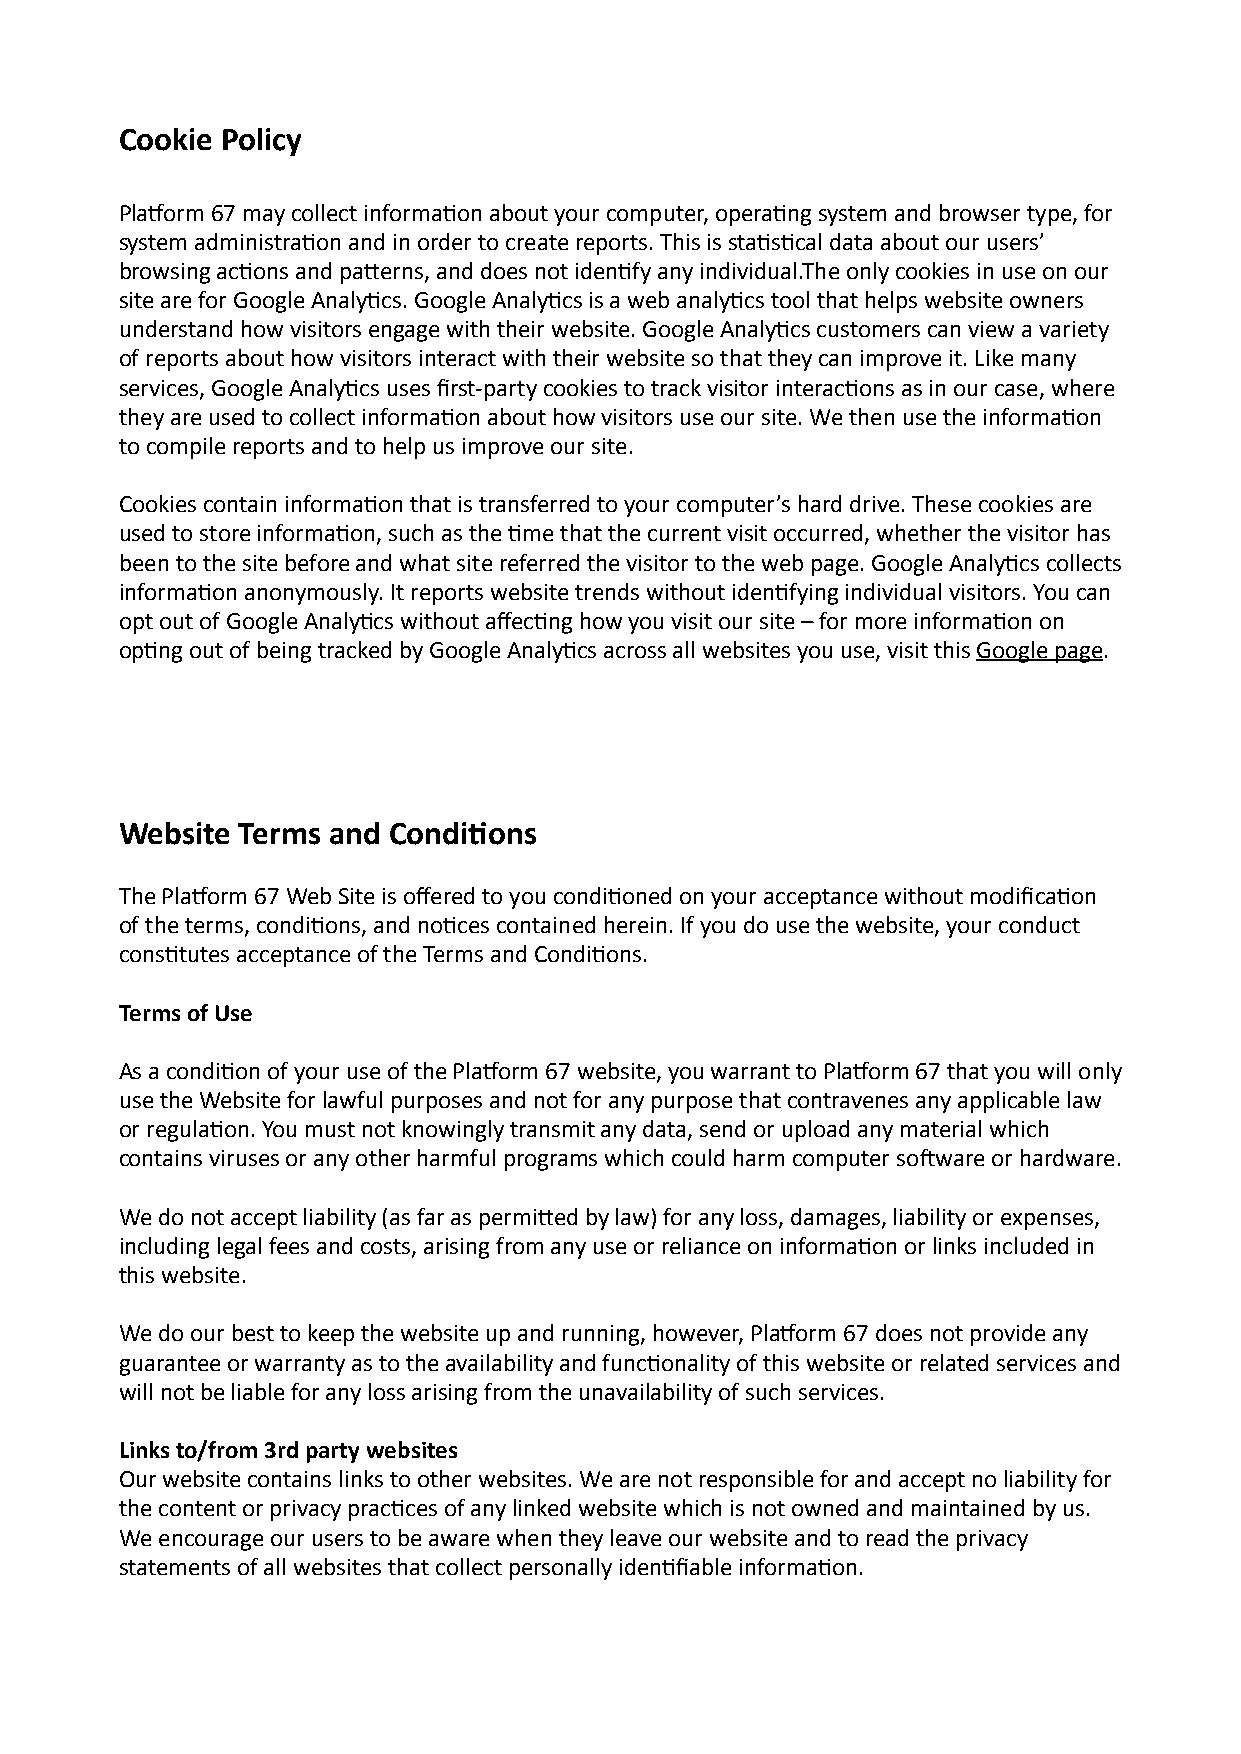
Cookie Policy
 PlaAorm 67 may collect informa6on about your computer, opera6ng system and browser type, for
 system administra6on and in order to create reports. This is sta6s6cal data about our users’
 browsing ac6ons and paRerns, and does not iden6fy any individual.The only cookies in use on our
 site are for Google Analy6cs. Google Analy6cs is a web analy6cs tool that helps website owners
 understand how visitors engage with their website. Google Analy6cs customers can view a variety
 of reports about how visitors interact with their website so that they can improve it. Like many
 services, Google Analy6cs uses first-party cookies to track visitor interac6ons as in our case, where
 they are used to collect informa6on about how visitors use our site. We then use the informa6on
 to compile reports and to help us improve our site.
 Cookies contain informa6on that is transferred to your computer’s hard drive. These cookies are
 used to store informa6on, such as the 6me that the current visit occurred, whether the visitor has
 been to the site before and what site referred the visitor to the web page. Google Analy6cs collects
 informa6on anonymously. It reports website trends without iden6fying individual visitors. You can
 opt out of Google Analy6cs without affec6ng how you visit our site – for more informa6on on
 op6ng out of being tracked by Google Analy6cs across all websites you use, visit this Google page.
 Website Terms and Condi:ons
 The PlaAorm 67 Web Site is offered to you condi6oned on your acceptance without modifica6on
 of the terms, condi6ons, and no6ces contained herein. If you do use the website, your conduct
 cons6tutes acceptance of the Terms and Condi6ons.
 Terms of Use
 As a condi6on of your use of the PlaAorm 67 website, you warrant to PlaAorm 67 that you will only
 use the Website for lawful purposes and not for any purpose that contravenes any applicable law
 or regula6on. You must not knowingly transmit any data, send or upload any material which
 contains viruses or any other harmful programs which could harm computer soLware or hardware.
 We do not accept liability (as far as permiRed by law) for any loss, damages, liability or expenses,
 including legal fees and costs, arising from any use or reliance on informa6on or links included in
 this website.
 We do our best to keep the website up and running, however, PlaAorm 67 does not provide any
 guarantee or warranty as to the availability and func6onality of this website or related services and
 will not be liable for any loss arising from the unavailability of such services.
 Links to/from 3rd party websites
 Our website contains links to other websites. We are not responsible for and accept no liability for
 the content or privacy prac6ces of any linked website which is not owned and maintained by us.
 We encourage our users to be aware when they leave our website and to read the privacy
 statements of all websites that collect personally iden6fiable informa6on.